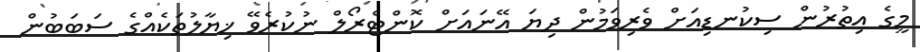
މީގެ އިތުރުން ސިކުނޑިއަށް ވެރިވަމުން ދިޔަ އޭނައަށް ކޮންޓްރޯލް ނުކުރެވޭ ޚިޔާލުތަކެއްގެ ސަބަބުން